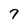
Character: 7